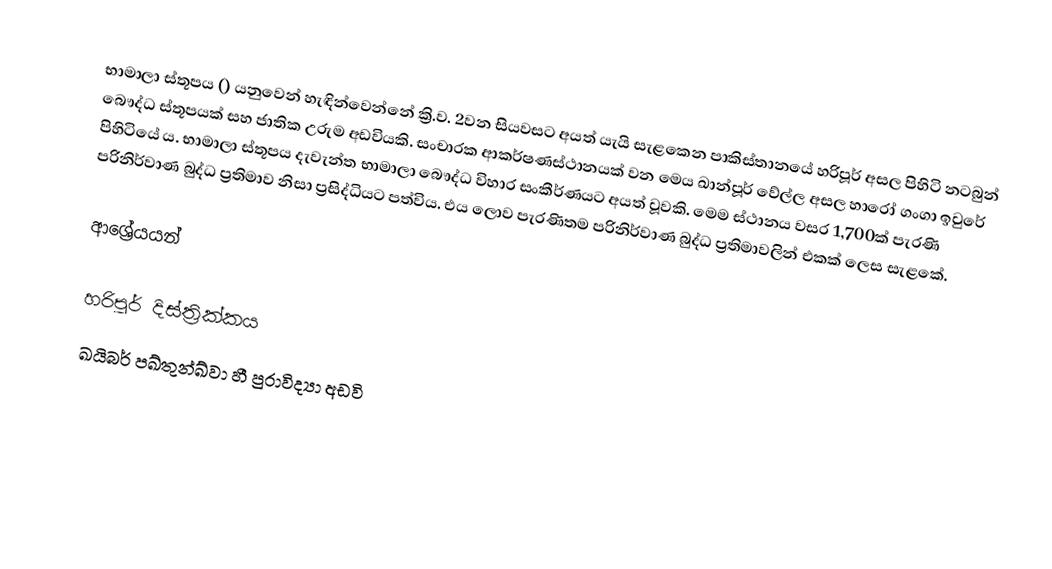
භාමාලා ස්තූපය () යනුවෙන් හැඳින්වෙන්නේ ක්‍රි.ව. 2වන සියවසට අයත් යැයි සැළකෙන පාකිස්තානයේ හරිපූර් අසල පිහිටි නටබුන් බෞද්ධ ස්තූපයක් සහ ජාතික උරුම අඩවියකි. සංචාරක ආකර්ෂණස්ථානයක් වන මෙය ඛාන්පූර් වේල්ල අසල හාරෝ ගංගා ඉවුරේ පිහිටියේ ය. භාමාලා ස්තූපය දැවැන්ත භාමාලා බෞද්ධ විහාර සංකීර්ණයට අයත් වූවකි. මෙම ස්ථානය වසර 1,700ක් පැරණි පරිනිර්වාණ බුද්ධ ප්‍රතිමාව නිසා ප්‍රසිද්ධියට පත්විය. එය ලොව පැරණිතම පරිනිර්වාණ බුද්ධ ප්‍රතිමාවලින් එකක් ලෙස සැළකේ.

ආශ්‍රේයයන්

හරිපූර් දිස්ත්‍රික්කය
ඛයිබර් පඛ්තුන්ඛ්වා හී පුරාවිද්‍යා අඩවි